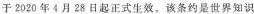
于2020年4月28日起正式